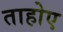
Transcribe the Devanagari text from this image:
ताहोए